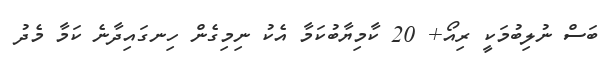
ބަސް ނުލިބުމަކީ ރިއޯ+ 20 ކާމިޔާބުކަމާ އެކު ނިމިގެން ހިނގައިދާނެ ކަމާ މެދު